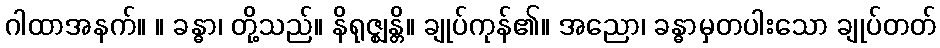
ဂါထာအနက်။ ။ ခန္ဓာ၊ တို့သည်။ နိရုဇ္ဈန္တိ။ ချုပ်ကုန်၏။ အညော၊ ခန္ဓာမှတပါးသော ချုပ်တတ်